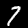
Digit: 7